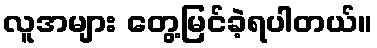
လူအများ တွေ့မြင်ခဲ့ရပါတယ်။